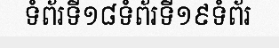
ទំព័រទី១៨ទំព័រទី១៩ទំព័រ